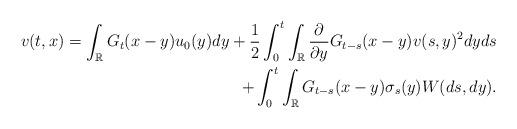
LaTeX: \begin{align*}v(t,x) = \int_{\mathbb{R}} G_t (x-y) u_0(y) dy + \frac{1}{2} \int_0^t \int_{\mathbb{R}} \frac{\partial }{\partial y} G_{t-s} (x-y) v(s,y)^2 dy ds \\+ \int_0^t \int_{\mathbb{R}} G_{t-s}(x-y) \sigma_s(y) W(ds,dy).\end{align*}